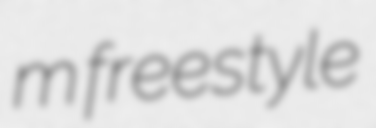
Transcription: m freestyle